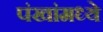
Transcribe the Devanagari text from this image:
पंखांमध्ये